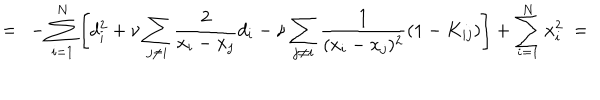
= \ - \sum _ { i = 1 } ^ { N } \left[ d _ { i } ^ { 2 } + \nu \sum _ { j \neq i } \frac 2 { x _ { i } - x _ { j } } d _ { i } - \nu \sum _ { j \neq i } \frac 1 { ( x _ { i } - x _ { j } ) ^ { 2 } } ( 1 - K _ { i j } ) \right] + \sum _ { i = 1 } ^ { N } x _ { i } ^ { 2 } \ =